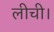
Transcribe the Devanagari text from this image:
लीची।